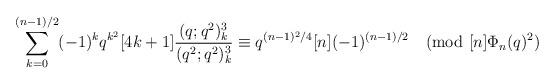
LaTeX: \begin{align*}\sum_{k=0}^{(n-1)/2}(-1)^k q^{k^2}[4k+1]\frac{(q;q^2)_k^3}{(q^2;q^2)_k^3}\equiv q^{(n-1)^2/4}[n] (-1)^{(n-1)/2}\pmod{[n]\Phi_n(q)^2}\end{align*}